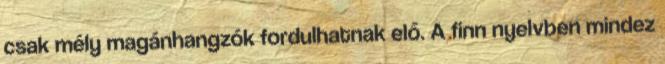
csak mély magánhangzók fordulhatnak elő. A finn nyelvben mindez